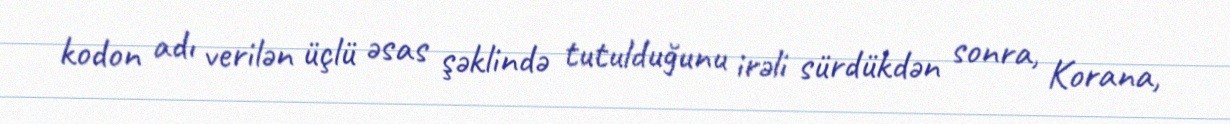
kodon adı verilən üçlü əsas şəklində tutulduğunu irəli sürdükdən sonra, Korana,